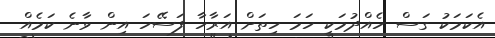
އެކަމަކު ގަސް ހެއްދުމަކީ ހަމަ ހިތަށް އަރާހާ ފަސޭހަ އިން ވާނެ ކަމެއް